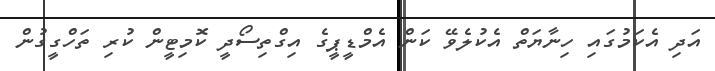
އަދި އެކަމުގައި ހިނާޔަތް އެކުލެވޭ ކަން އެމްޑީޕީގެ އިގްތިސޯދީ ކޮމިޓީން ކުރި ތަހްގީގުން